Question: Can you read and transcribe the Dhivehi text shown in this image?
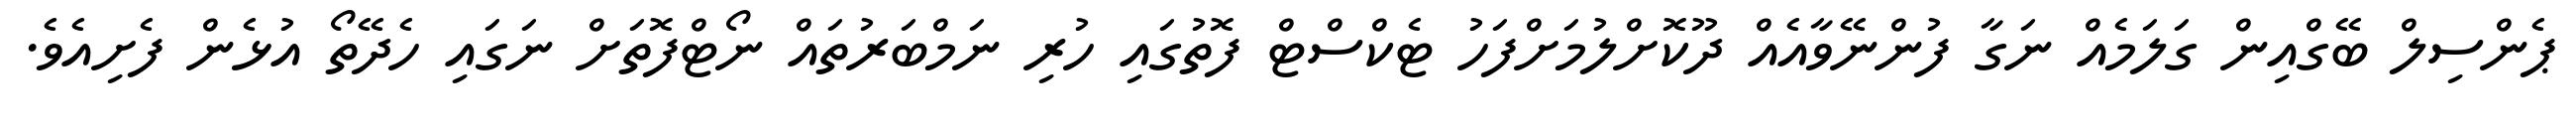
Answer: ޕެންސިލް ބޭގްއިން ގަލަމެއް ނަގާ ފުންނޭވާއެއް ދޫކޮށްލުމަށްފަހު ޓެކްސްޓް ފޮތުގައި ހުރި ނަމްބަރުތައް ނޯޓްފޮތަށް ނަގައި ހެދޭތޯ އުޅެން ފެށިއެވެ.